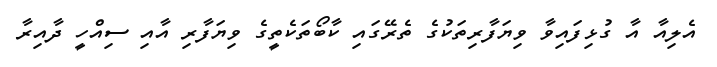
އެލިއާ އާ ގުޅިފައިވާ ވިޔަފާރިތަކުގެ ތެރޭގައި ކާބޯތަކެތީގެ ވިޔަފާރި އާއި ސިއްހީ ދާއިރާ